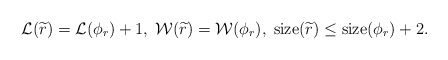
\begin{align*}\mathcal{L}(\widetilde{r})=\mathcal{L}(\phi_r)+1,\;\mathcal{W}(\widetilde{r})=\mathcal{W}(\phi_r),\;{\rm size}(\widetilde{r})\leq{\rm size}(\phi_r)+2.\end{align*}